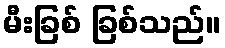
မီးခြစ် ခြစ်သည်။